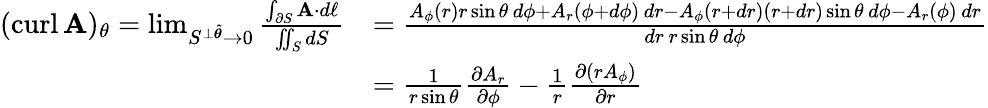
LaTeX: {\begin{array}{rl}{(\operatorname{curl}\mathbf{A})_{\theta}=\operatorname*{lim}_{S^{\perp{\boldsymbol{\hat{\theta}}}}\to 0}{\frac{\int_{\partial S}\mathbf{A}\cdot d\mathbf{\ell}}{\iint_{S}dS}}}&{={\frac{A_{\phi}(r)r\sin\theta\, d\phi+A_{r}(\phi+d\phi)\, dr-A_{\phi}(r+dr)(r+dr)\sin\theta\, d\phi-A_{r}(\phi)\, dr}{dr\, r\sin\theta\, d\phi}}}\\ &{={\frac{1}{r\sin\theta}}{\frac{\partial A_{r}}{\partial\phi}}-{\frac{1}{r}}{\frac{\partial(rA_{\phi})}{\partial r}}}\end{array}}